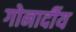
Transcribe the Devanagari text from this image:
गोनार्दीय